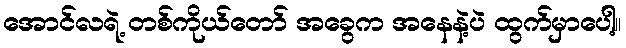
အောင်လရဲ့ တစ်ကိုယ်တော် အခွေက အနေနဲ့ပဲ ထွက်မှာပေါ့။